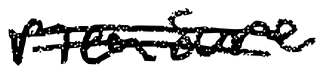
Text: measure
Cross-out: double-line
Writing tool: digital_black